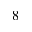
^ { 8 }